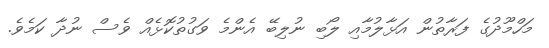
މަހްމޫދުގެ ފަރާތުން އަޅާލުމާއި ލޯބި ނުލިބޭ އެންމެ ވަގުތުކޮޅެއް ވެސް ނުދާ ކަމެވެ.